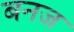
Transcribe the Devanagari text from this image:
बनज